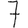
Digit: 7